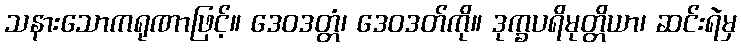
သနားသောကရုဏာဖြင့်။ ဒေဝဒတ္တံ၊ ဒေဝဒတ်ကို။ ဒုက္ခပရိမုတ္တိယာ၊ ဆင်းရဲမှ